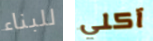
للبناء آكلي